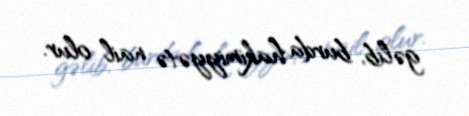
gəlib, burda hakimiyyətə nail olur.